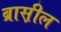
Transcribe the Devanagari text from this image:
ब्रास़ील